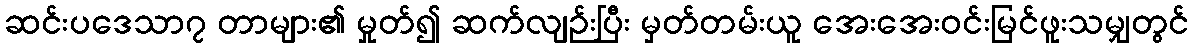
ဆင်းပဒေသာ၇ တာများ၏ မှုတ်၍ ဆက်လျဉ်းပြီး မှတ်တမ်းယူ အေးအေးဝင်းမြင်ဖူးသမျှတွင်